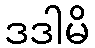
ဒဒါမိ